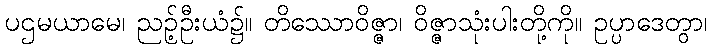
ပဌမယာမေ၊ ညဉ့်ဦးယံ၌။ တိဿောဝိဇ္ဇာ၊ ဝိဇ္ဇာသုံးပါးတို့ကို။ ဥပ္ပာဒေတွာ၊